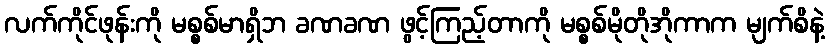
လက်ကိုင်ဖုန်းကို မစ္စစ်မာရှိဘ ခဏခဏ ဖွင့်ကြည့်တာကို မစ္စစ်မိုတိုအိုကာက မျက်စိနဲ့